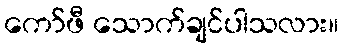
ကော်ဖီ သောက်ချင်ပါသလား။